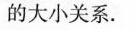
的大小关系.